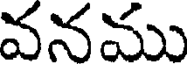
వనము